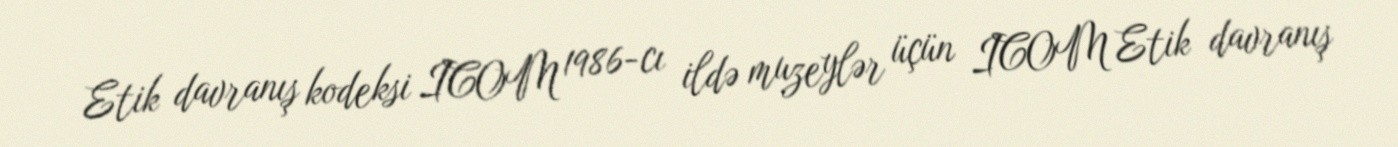
Etik davranış kodeksi ICOM 1986-cı ildə muzeylər üçün ICOM Etik davranış